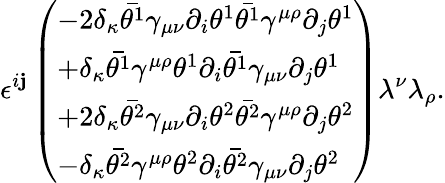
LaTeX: \epsilon^{i\mathbf{j}}\left(\begin{array}{l}{{-2\delta_{\kappa}\bar{\theta^{1}}\gamma_{\mu\nu}\partial_{i}\theta^{1}\bar{\theta^{1}}\gamma^{\mu\rho}\partial_{j}\theta^{1}}}\\ {{+\delta_{\kappa}\bar{\theta^{1}}\gamma^{\mu\rho}\theta^{1}\partial_{i}\bar{\theta^{1}}\gamma_{\mu\nu}\partial_{j}\theta^{1}}}\\ {{+2\delta_{\kappa}\bar{\theta^{2}}\gamma_{\mu\nu}\partial_{i}\theta^{2}\bar{\theta^{2}}\gamma^{\mu\rho}\partial_{j}\theta^{2}}}\\ {{-\delta_{\kappa}\bar{\theta^{2}}\gamma^{\mu\rho}\theta^{2}\partial_{i}\bar{\theta^{2}}\gamma_{\mu\nu}\partial_{j}\theta^{2}}}\end{array}\right)\lambda^{\nu}\lambda_{\rho}.